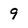
Character: 9